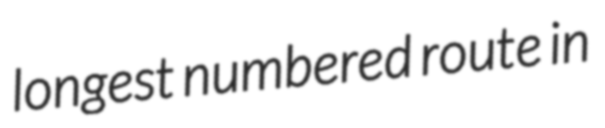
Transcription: longest numbered route in